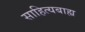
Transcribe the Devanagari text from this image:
साहित्यबाह्य